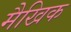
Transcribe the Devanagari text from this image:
मैखिक